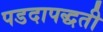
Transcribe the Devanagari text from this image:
पडदापद्धती